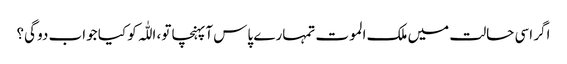
اگر اسی حالت میں ملک الموت تمہارے پاس آپہنچا تو، اللّٰہ کو کیا جواب دو گی؟